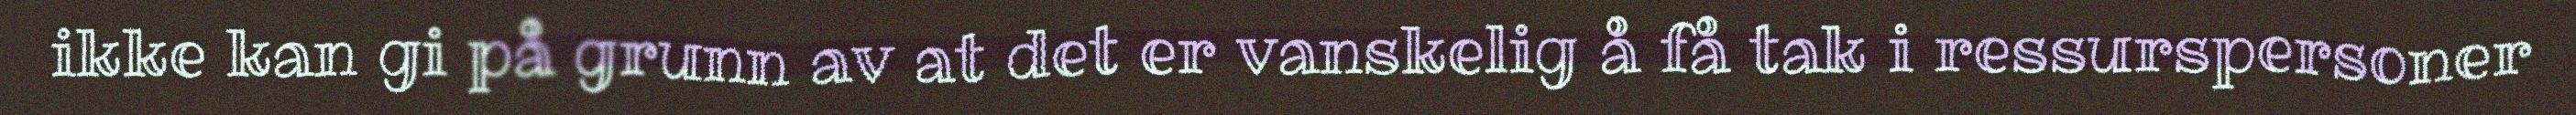
ikke kan gi på grunn av at det er vanskelig å få tak i ressurspersoner